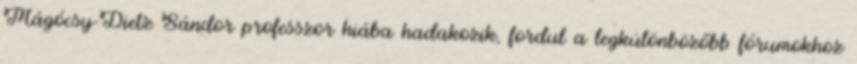
Mágócsy-Dietz Sándor professzor hiába hadakozik, fordul a legkülönbözőbb fórumokhoz